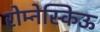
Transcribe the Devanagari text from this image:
रोम्नेस्किऊ